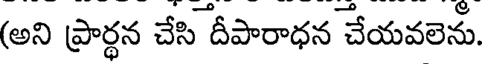
(అని ప్రార్ధన చేసి దీపారాధన చేయవలెను.